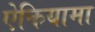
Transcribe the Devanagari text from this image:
ऐकियामा